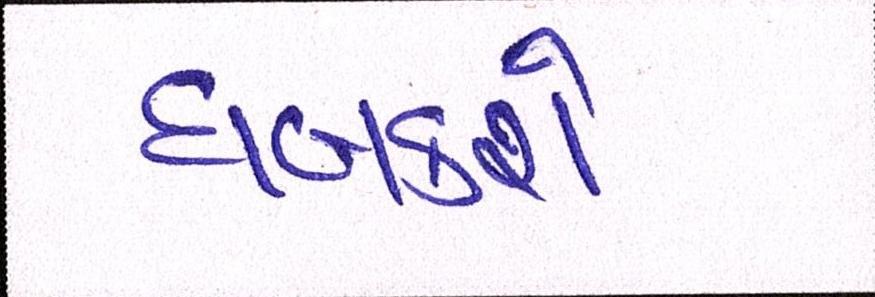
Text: ધબકશે